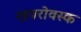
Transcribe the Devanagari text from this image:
खबरोवस्क